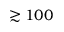
\gtrsim 1 0 0